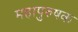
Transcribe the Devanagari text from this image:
महापुरुषक